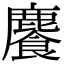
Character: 𩞇